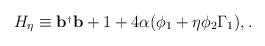
LaTeX: \begin{align*}H_\eta \equiv {\bf b}^{_{\dagger }}{\bf b}+1+4\alpha (\phi _1+\eta \phi_2\Gamma _1),.\end{align*}